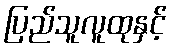
ပြည်သူလူထုနှင့်